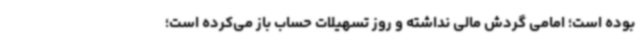
بوده است؛ امامی گردش مالی نداشته و روز تسهیلات حساب باز می‌کرده است؛